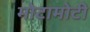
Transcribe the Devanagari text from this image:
मोटामोटी